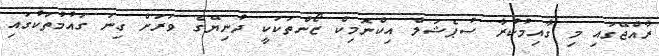
ރާއްޖޭގައި މި ގާއިމުކުރާ ސުޕެޝަލް އިކްނޮމިކް ޒޯންތަކަކީ ދުނިޔޭގެ ވަރަށް ގިނަ ގައުމުތަކުގައި